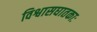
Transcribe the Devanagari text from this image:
विश्वासघातकाः